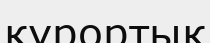
курортық